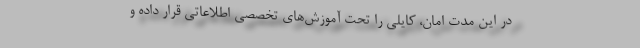
در این مدت امان، کایلی را تحت آموزش‌های تخصصی اطلاعاتی قرار داده و